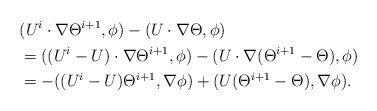
\begin{align*}&(U^i\cdot\nabla\Theta^{i+1},\phi)-(U\cdot\nabla\Theta,\phi)\\&=((U^i-U)\cdot\nabla\Theta^{i+1},\phi)-(U\cdot\nabla(\Theta^{i+1}-\Theta),\phi)\\&=-((U^i-U)\Theta^{i+1},\nabla\phi)+(U(\Theta^{i+1}-\Theta),\nabla\phi).\end{align*}